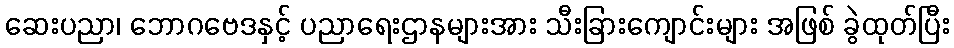
ဆေးပညာ၊ ဘောဂဗေဒနှင့် ပညာရေးဌာနများအား သီးခြားကျောင်းများ အဖြစ် ခွဲထုတ်ပြီး